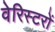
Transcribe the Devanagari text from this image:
वेरिस्टरों